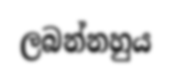
ලබන්නහුය